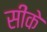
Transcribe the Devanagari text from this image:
सींके